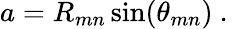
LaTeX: a=R_{mn}\sin(\theta_{mn})\mathrm{~.~}